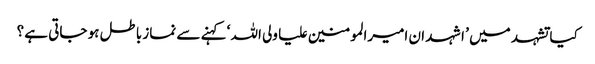
کیا تشہد میں ’ اشہد ان امیرالمومنین علیا ولی اللہ ‘ کہنے سے نماز باطل ہو جاتی ہے ؟